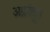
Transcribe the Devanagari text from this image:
अग्रदंतुरा